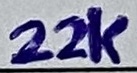
Text: 22K